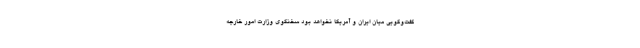
گفت‌وگویی میان ایران و آمریکا نخواهد بود سخنگوی وزارت امور خارجه